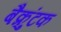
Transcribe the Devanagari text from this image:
बैक्रुंटक